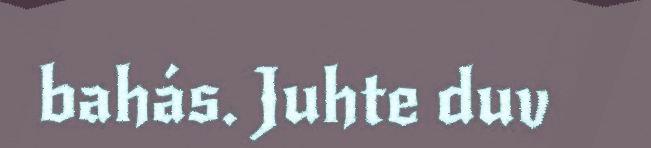
bahás. Juhte duv